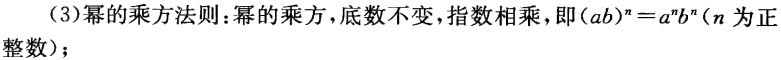
(3)幂的乘方法则：幂的乘方，底数不变，指数相乘，即\((ab)^{n}=a^{n}b^{n}\)（\(n\)为正整数）；